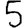
Digit: 5